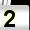
Digit: 2